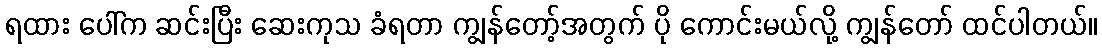
ရထား ပေါ်က ဆင်းပြီး ဆေးကုသ ခံရတာ ကျွန်တော့်အတွက် ပို ကောင်းမယ်လို့ ကျွန်တော် ထင်ပါတယ်။